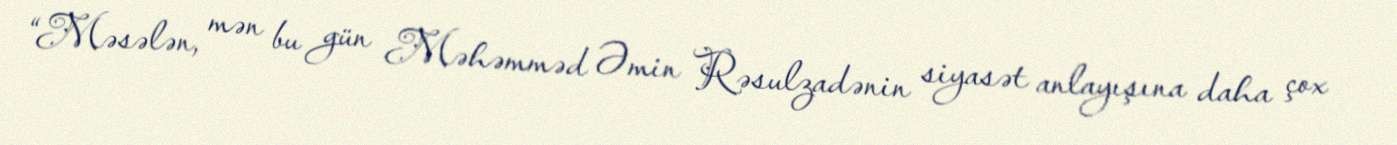
“Məsələn, mən bu gün Məhəmməd Əmin Rəsulzadənin siyasət anlayışına daha çox